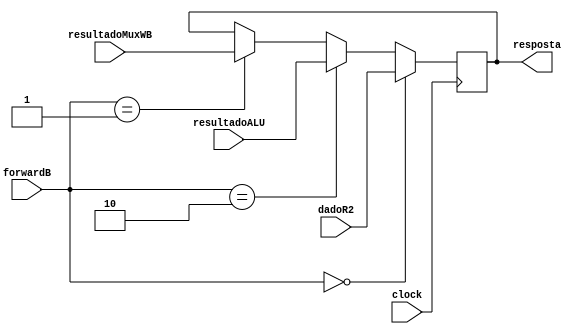
module muxForwardB(clock, resultadoALU, resultadoMuxWB, dadoR2, forwardB, resposta);

    input clock;
    input [31:0] resultadoALU;
    input [31:0] resultadoMuxWB;
    input [31:0] dadoR2;
    input [1:0] forwardB;

    output reg [31:0] resposta;

    always @ (posedge clock) begin
        if(forwardB == 2'b00) begin
            resposta = dadoR2;
        end else if(forwardB == 2'b10)begin
            resposta = resultadoALU;  
        end else if(forwardB == 2'b01)begin
            resposta = resultadoMuxWB;
        end
    end
endmodule